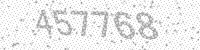
Solution: 457768